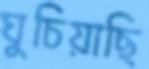
ঘুচিয়াছি